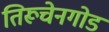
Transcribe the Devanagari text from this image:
तिरूचेनगोड